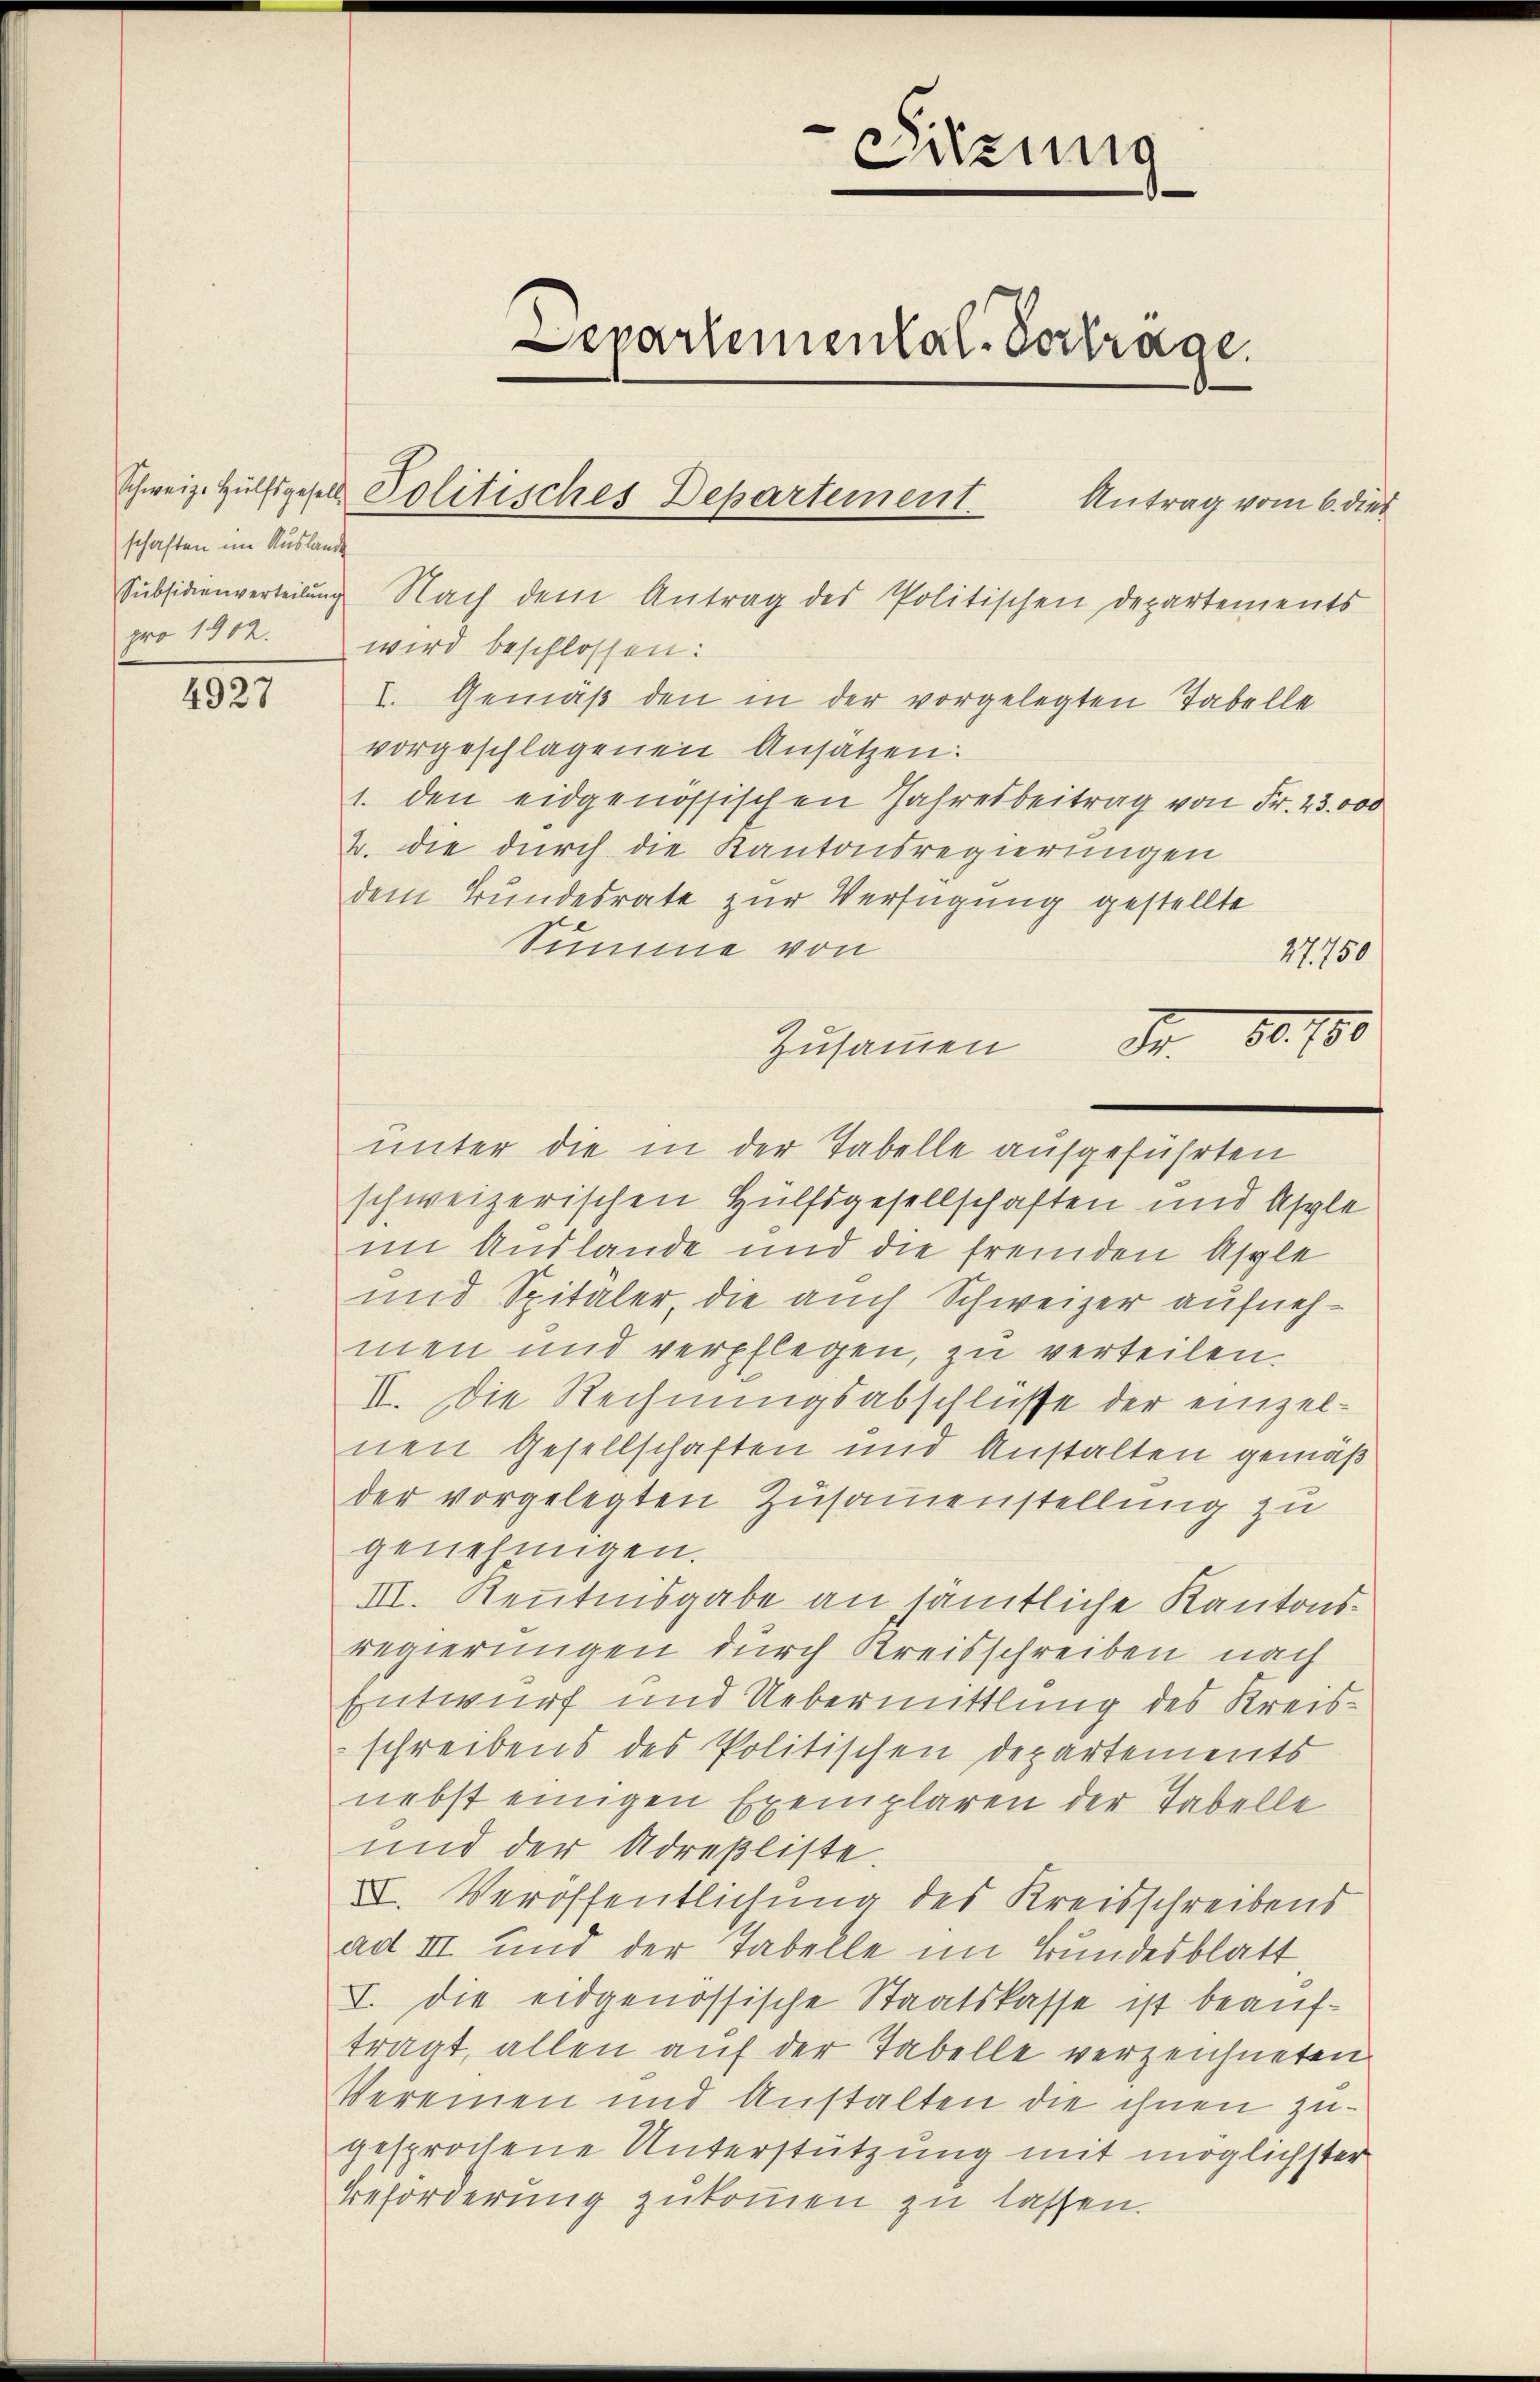
schaften im Auslande

1527

pro 1902. wird beschlossen:
I. Gemäß den in der vorgelegten Tabelle
vorgeschlagenen Ansätzen:
1. den eidgenössischen Jahresbeitrag von Fr. 23.000
2. die durch die Kantonsregierungen
dem Bundesrate zur Verfügung gestellte
Summe von
27,150
80. 180
A
Zusammen
unter die in der Tabelle aufgeführten
schweizerischen Hülfsgesellschaften und Asple
im Auslande und die fremden Asple
und Spitäler, die auch Schweizer aufnehmen und verpflegen, zu verteilen.
II. Die Rechnungsabschlüsse der einzelnen Gesellschaften und Anstalten gemäß
der vorgelegten Zusammenstellung zu
genehmigen.
III. Kenntnisgabe an sämtliche Kantonsregierungen durch Kreisschreiben nach
Entwurf und Uebermittlung des Kreisschreibens des Politischen Departements
nebst einigen Exemplaren der Tabelle
und der Adresliste.
XVI. Veröffentlichung des Kreisschreibend
ad III und der Tabelle im Bundesblatt,
I. Die eidgenössische Staatskasse ist beauftragt, allen auf der Tabelle verzeichneten
Vereinen und Anstalten die ihnen zugesprochene Unterstützung mit möglichster
Beforderung zukommen zu lassen.

s
Sitzung
Departemental-Vertrage.
Schweiz. Hülfsgesell Politisches Departement. Antrag vom 6. dies
Subsidienverteilŭng Nach dem Antrag des Politischen Departements